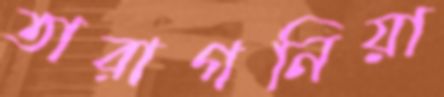
তারাগনিয়া